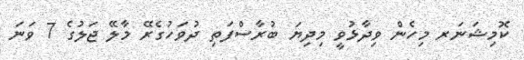
ކޮމިޝަނަރ މިހެން ވިދާޅުވީ މިދިޔަ ބުރާސްފަތި ދުވަހުގެރޭ މާލޭ ޖަލުގެ 7 ވަނަ